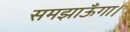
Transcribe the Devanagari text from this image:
समझाऊँगा।